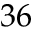
3 6